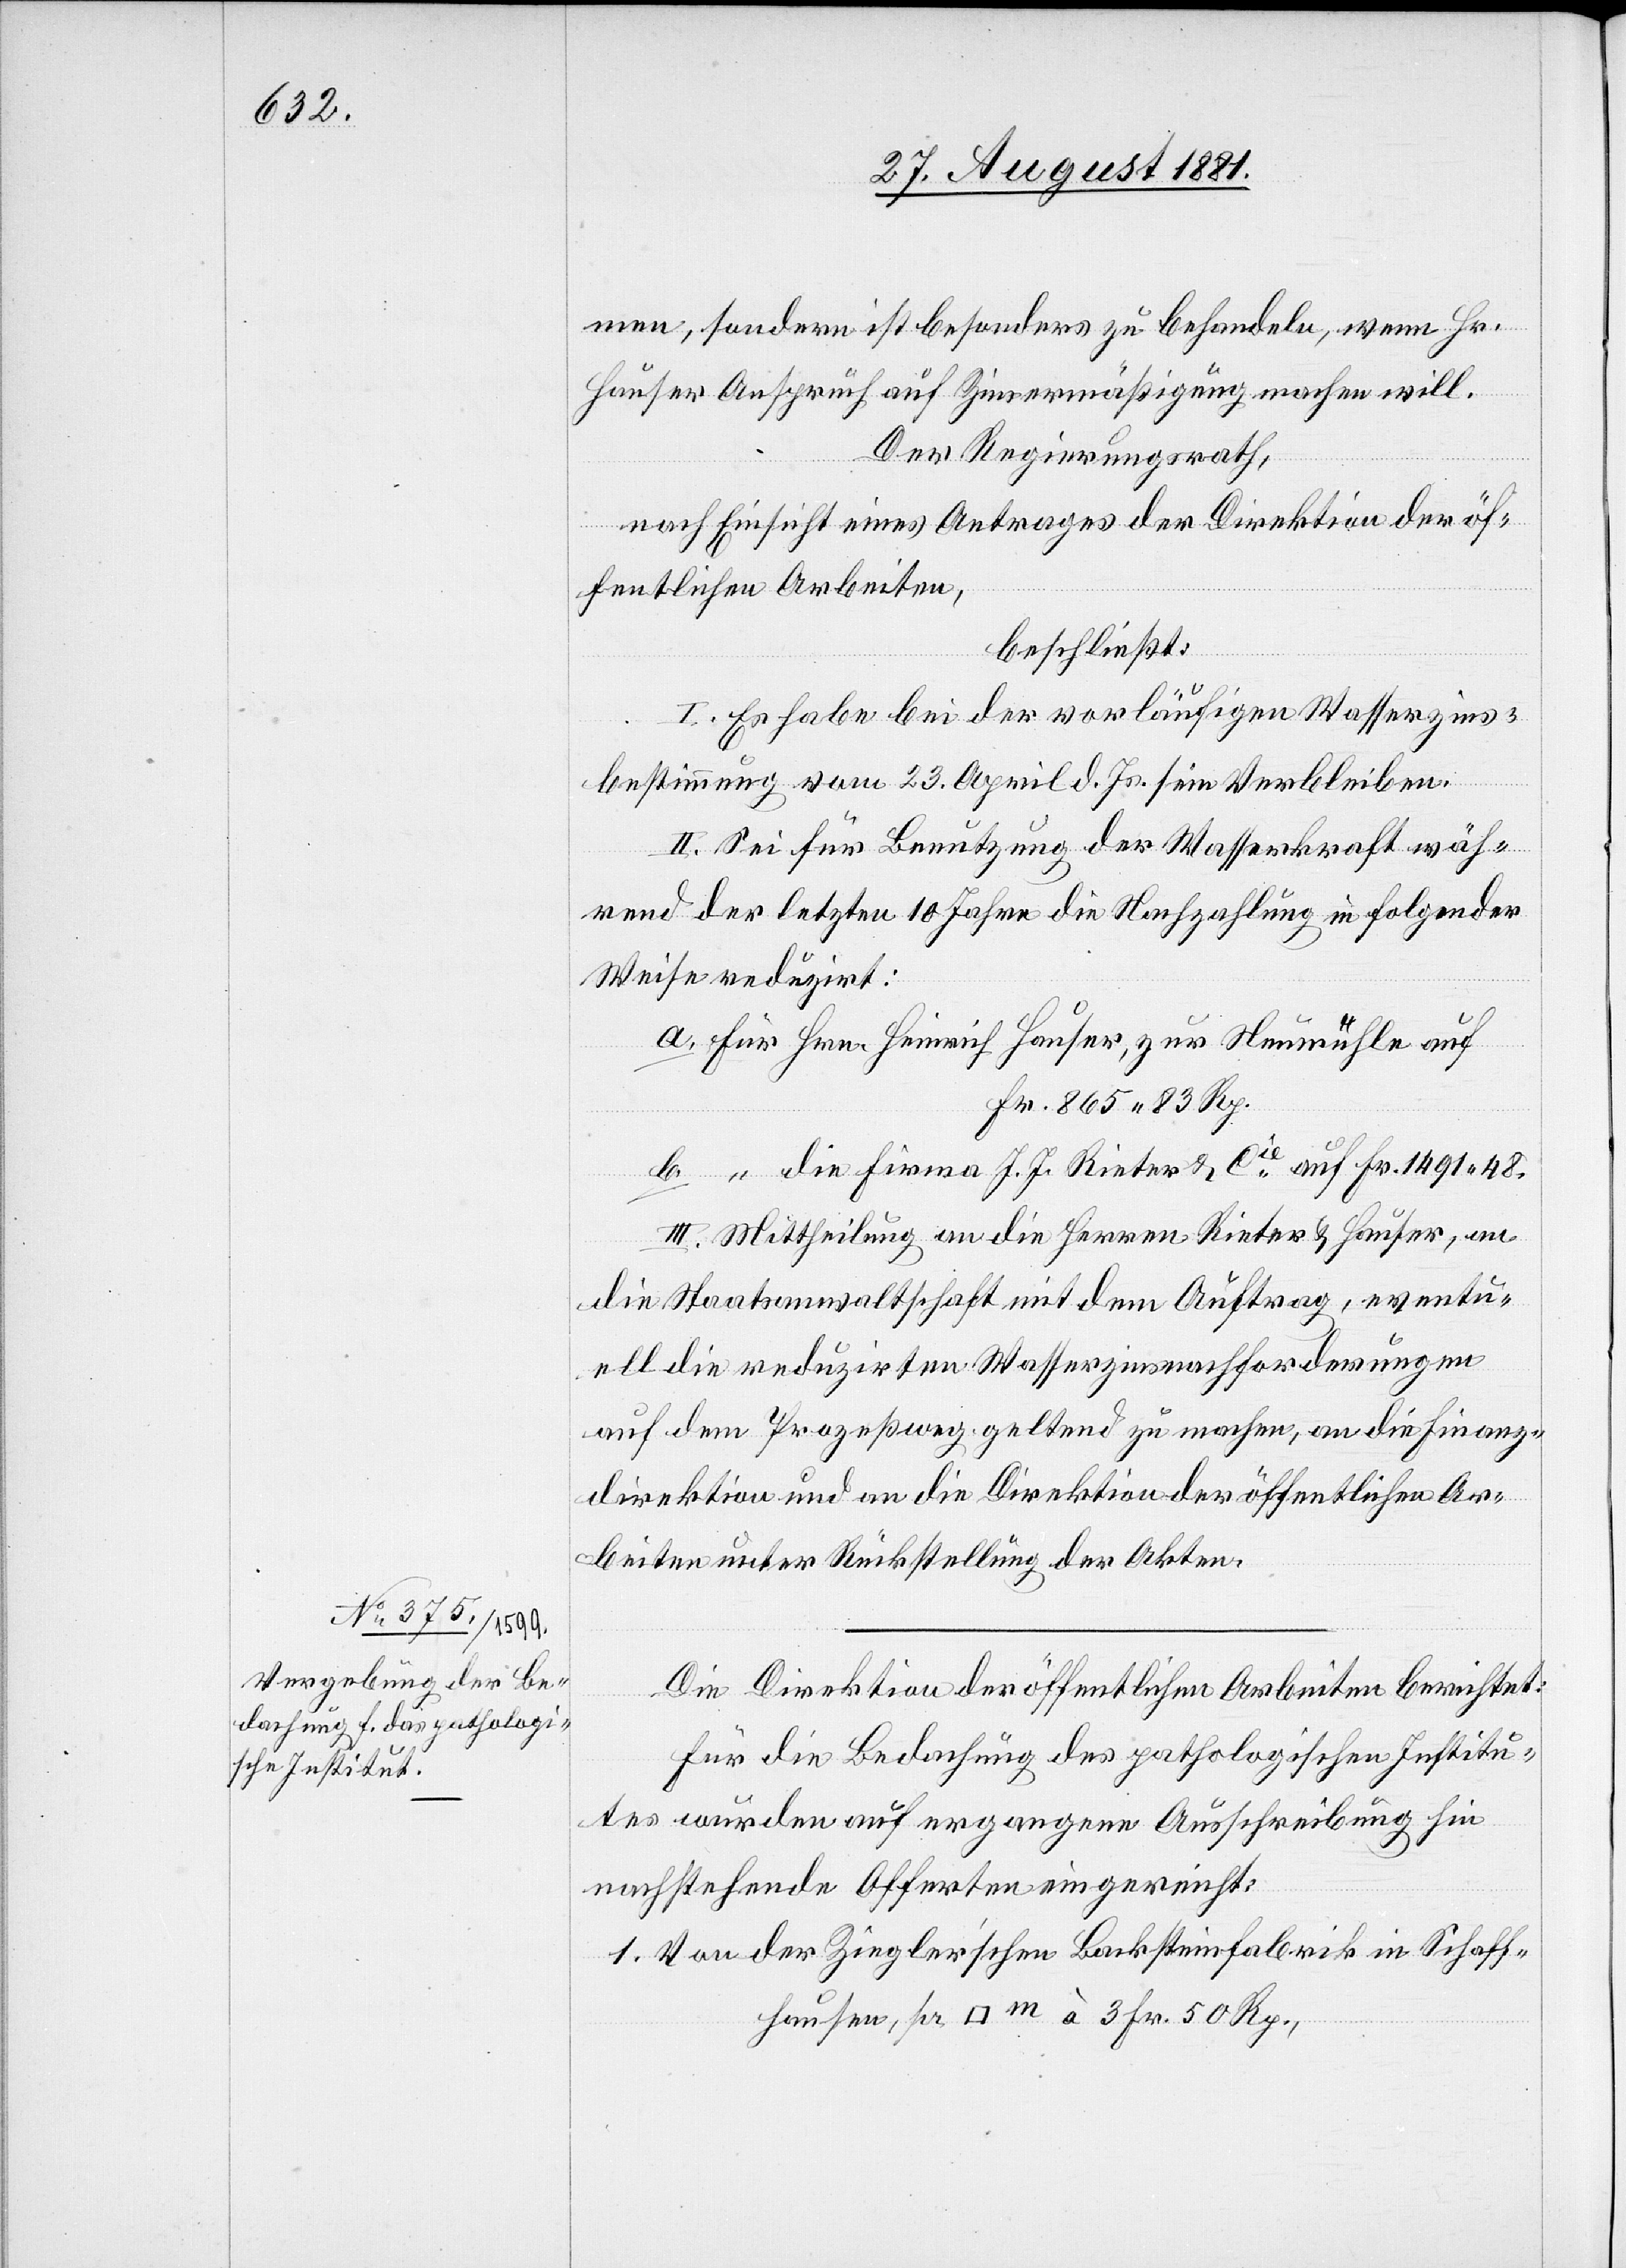
men, sondern ist besonders zu behandeln, wenn Hr.
Hauser Anspruch auf Zinsermäßigung machen will.
Der Regierungsrath,
nach Einsicht eines Antrages der Direktion der öf¬
fentlichen Arbeiten,
beschließt:
I. Es habe bei der vorläufigen Wasserzins¬
bestimmung vom 23. April d. Js. sein Verbleiben.
II. Sei für Benutzung der Wasserkraft wäh¬
rend der letzten 10 Jahre die Nachzahlung in folgender
Weise reduzirt:
a. Für Hrn. Heinrich Hauser, zu Neumühle auf
Fr. 50 Rp.,
b. ” die Firma J. J. Rieter & Hauser, an
die Staatsanwaltschat mit dem Auftrag, eventu¬
ell die reduzirten Wasserzinsnachforderungen
auf dem Prozeßweg geltend zu machen, an die Finanz¬
direktion und an die Direktion der öffentlichen Ar¬
beiten unter Rückstellung der Akten.
Die Direktion der öffentlichen Arbeiten berichtet:
Für die Bedachung des pathologischen Institu¬
tes wurden auf ergangene Ausschreibung hin
nachstehende Offerten eingereicht: